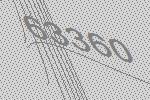
63360